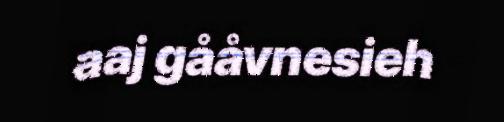
aaj gååvnesieh